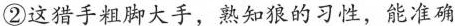
②这猎手粗脚大手，熟知狼的习性，能准确